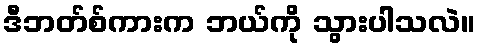
ဒီဘတ်စ်ကားက ဘယ်ကို သွားပါသလဲ။